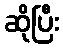
ဆိုပြီး